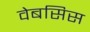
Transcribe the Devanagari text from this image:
वेबसिस